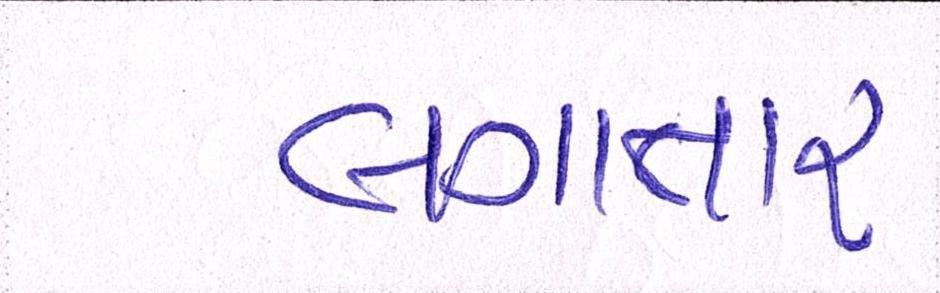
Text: લગાતાર